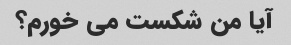
آیا من شکست می خورم؟